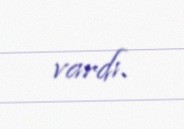
vardı.